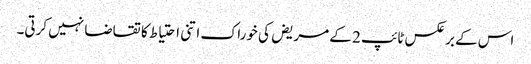
اس کے برعکس ٹائپ 2 کے مریض کی خوراک اتنی احتیاط کا تقاضا نہیں کرتی۔